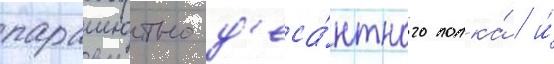
парашютно-д'еса́нтного полка́ / и́